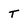
Character: T